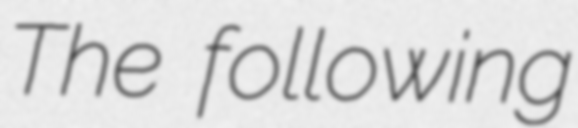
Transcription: The following